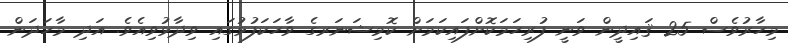
މިހާރުވެސް 25 ޤައިދީން ވަނީ ފުރިހަމަކޮށްފައިކަމަށް ކޮމިޝަނަރގެ ވާހަކަފުޅުގައި ވިދާޅުވިއެވެ. އަދި މާހަދަން